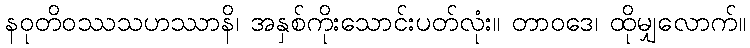
နဝုတိဝဿသဟဿာနိ၊ အနှစ်ကိုးသောင်းပတ်လုံး။ တာဝဒေ၊ ထိုမျှလောက်။